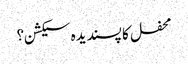
محفل کا پسندیدہ سیکشن؟